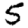
Digit: 5